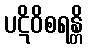
ပဋိဝိစရန္တိ